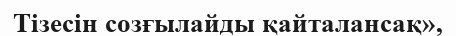
Тізесін созғылайды қайталансақ»,